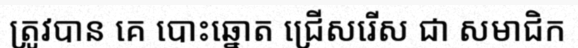
ត្រូវបាន គេ បោះឆ្នោត ជ្រើសរើស ជា សមាជិក